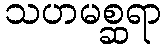
သဟမစ္ဆရာ